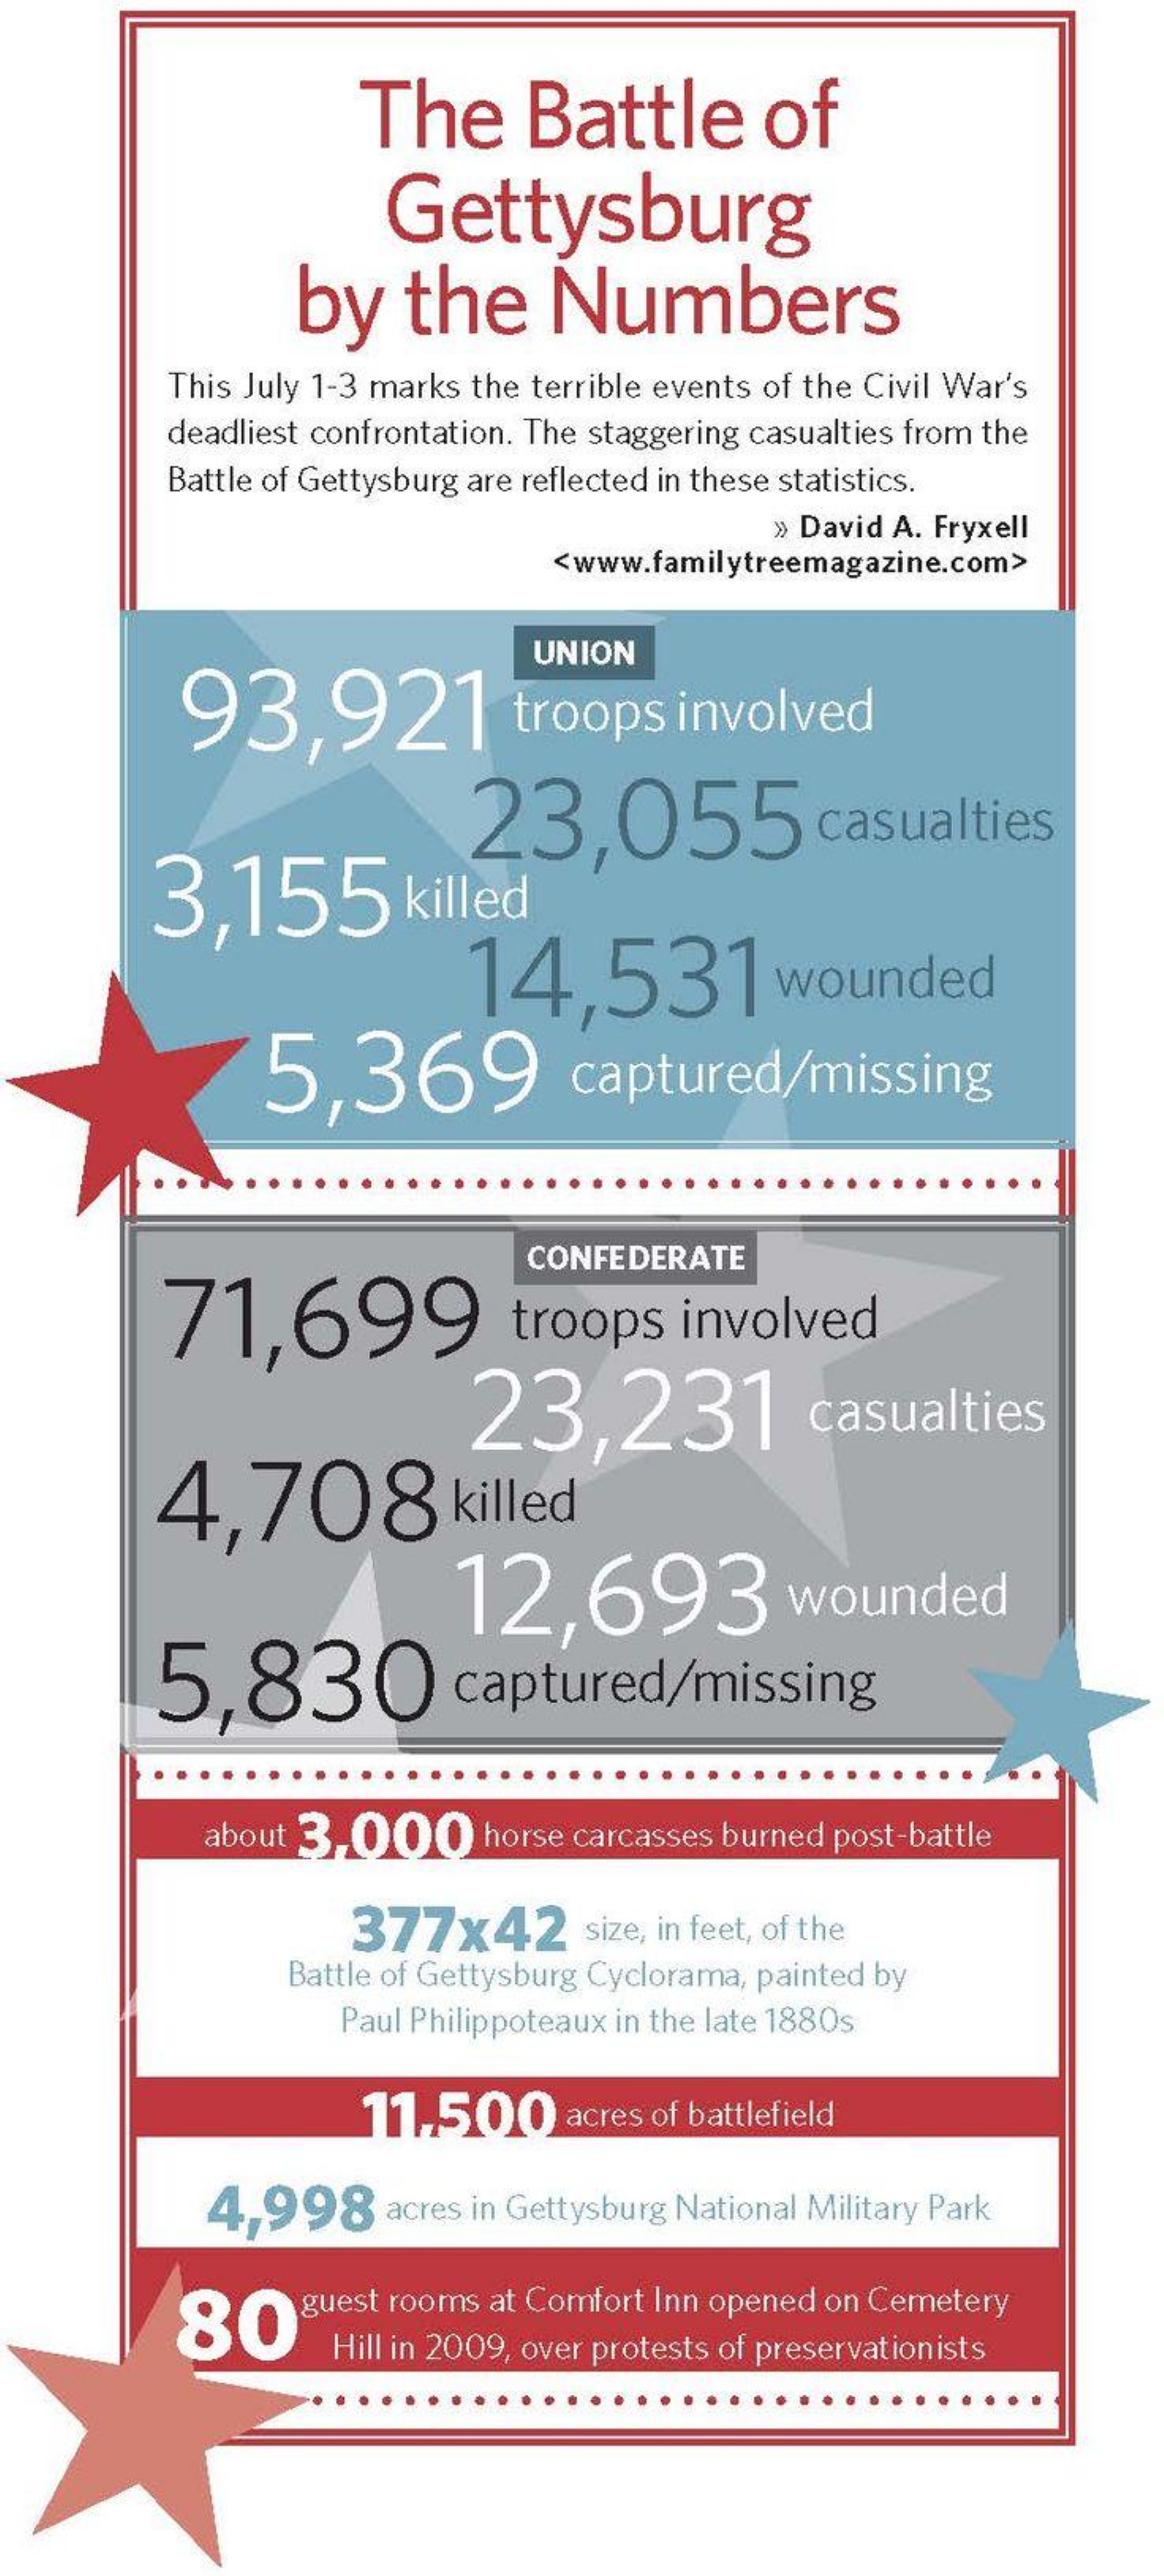
The    Battle    of
     Gettysburg
     by    the    Numbers
     This July 1-3 marks the terrible events of the Civil War's
     deadliest confrontation. The staggering casualties from the
     Battle of Gettysburg are reflected in these statistics.
     » David A. Fryxell
     <www.familytreemagazine.com>
     93,921    troops    involved
     UNION
     3,155    killed
     23,055    casualties
     14,531    wounded
     5.369    captured/missing
     71,699
     CONFEDERATE
     troops    involved
     4,708    killed
     23,231    casualties
     12,693    wounded
     5,830    captured/missing
     about 3,000    horse carcasses burned post-battle
     377x42    size, in feet, of the
     Battle of Gettysburg Cyclorama, painted by
     Paul Philippoteaux in the late 1880s
     11.500    acres of battlefield
     4,998    acres in Gettysburg National Military Park
     80
     guest rooms at Comfort Inn opened on Cemetery
     Hill in 2009, over protests of preservationists